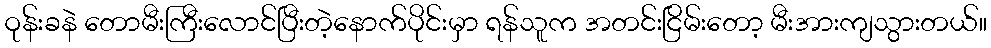
ဝုန်းခနဲ တောမီးကြီးလောင်ပြီးတဲ့နောက်ပိုင်းမှာ ရန်သူက အတင်းငြိမ်းတော့ မီးအားကျသွားတယ်။